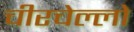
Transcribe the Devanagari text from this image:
चीरचेल्लो